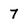
Character: 7